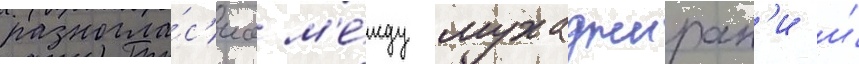
разногла́с'иа м'е́жду мухаджирам'и и́